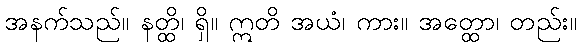
အနက်သည်။ နတ္ထိ၊ ရှိ။ ဣတိ အယံ၊ ကား။ အတ္ထော၊ တည်း။